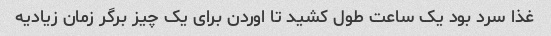
غذا سرد بود یک ساعت طول کشید تا اوردن برای یک چیز برگر زمان زیادیه